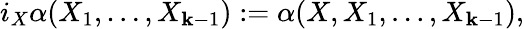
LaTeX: i_{X}\alpha(X_{1},\ldots,X_{\mathbf{k}-1}):=\alpha(X,X_{1},\ldots,X_{\mathbf{k}-1}),